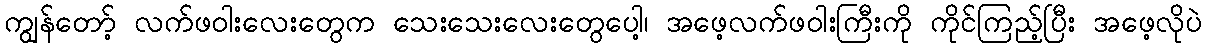
ကျွန်တော့် လက်ဖဝါးလေးတွေက သေးသေးလေးတွေပေါ့၊ အဖေ့လက်ဖဝါးကြီးကို ကိုင်ကြည့်ပြီး အဖေ့လိုပဲ